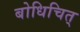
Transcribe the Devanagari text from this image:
बोधिचित्